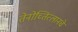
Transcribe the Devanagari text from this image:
तेनोच्तित्लानचे